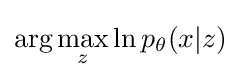
\arg \max _{z}\ln p_{\theta }(x|z)